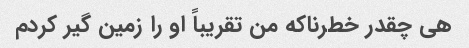
هی چقدر خطرناکه من تقریباً او را زمین گیر کردم